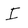
Character: I